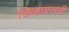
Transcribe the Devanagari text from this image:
जिव्हाग्रसनी